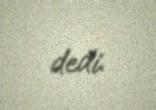
dedi.